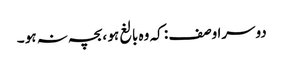
دوسرا وصف : کہ وہ بالغ ہو ،بچہ نہ ہو ۔